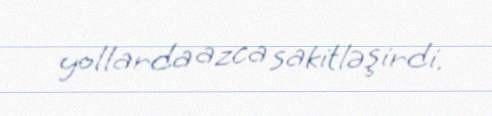
yollarda azca sakitləşirdi.